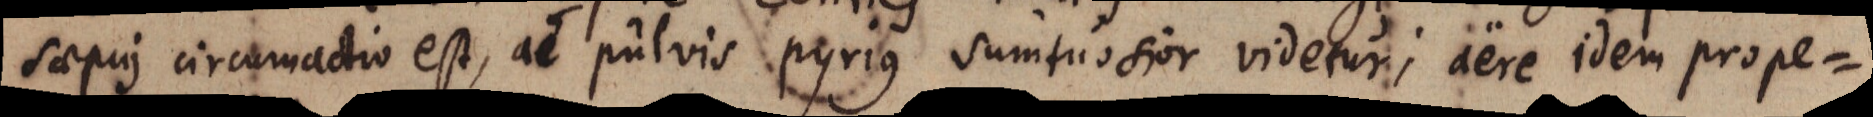
saepius circumactio est, ac pulvis pyrius sumtuosior videtur; aere idem prope-